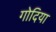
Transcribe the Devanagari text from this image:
गोदिया